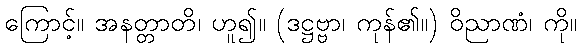
ကြောင့်။ အနတ္တာတိ၊ ဟူ၍။ (ဒဋ္ဌဗ္ဗာ၊ ကုန်၏။) ဝိညာဏံ၊ ကို။